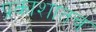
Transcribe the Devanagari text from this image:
प्रकाशातच